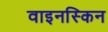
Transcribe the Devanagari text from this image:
वाइनस्किन